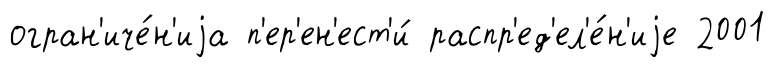
огран'иче́н'иjа п'ер'ен'ест'и́ распр'ед'ел'е́н'иjе 2001